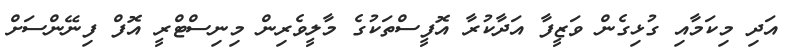
އަދި މިކަމާއި ގުޅިގެން ވަޒީފާ އަދާކުރާ އޮފީސްތަކުގެ މާލީވެރިން މިނިސްޓްރީ އޮފް ފިނޭންސަށް